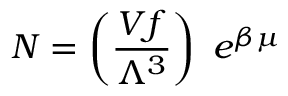
N = \left( { \frac { V f } { \Lambda ^ { 3 } } } \right) \, \, e ^ { \beta \mu }